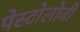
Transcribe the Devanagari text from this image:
पेस्टोलोजी